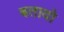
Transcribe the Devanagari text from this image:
बतायो